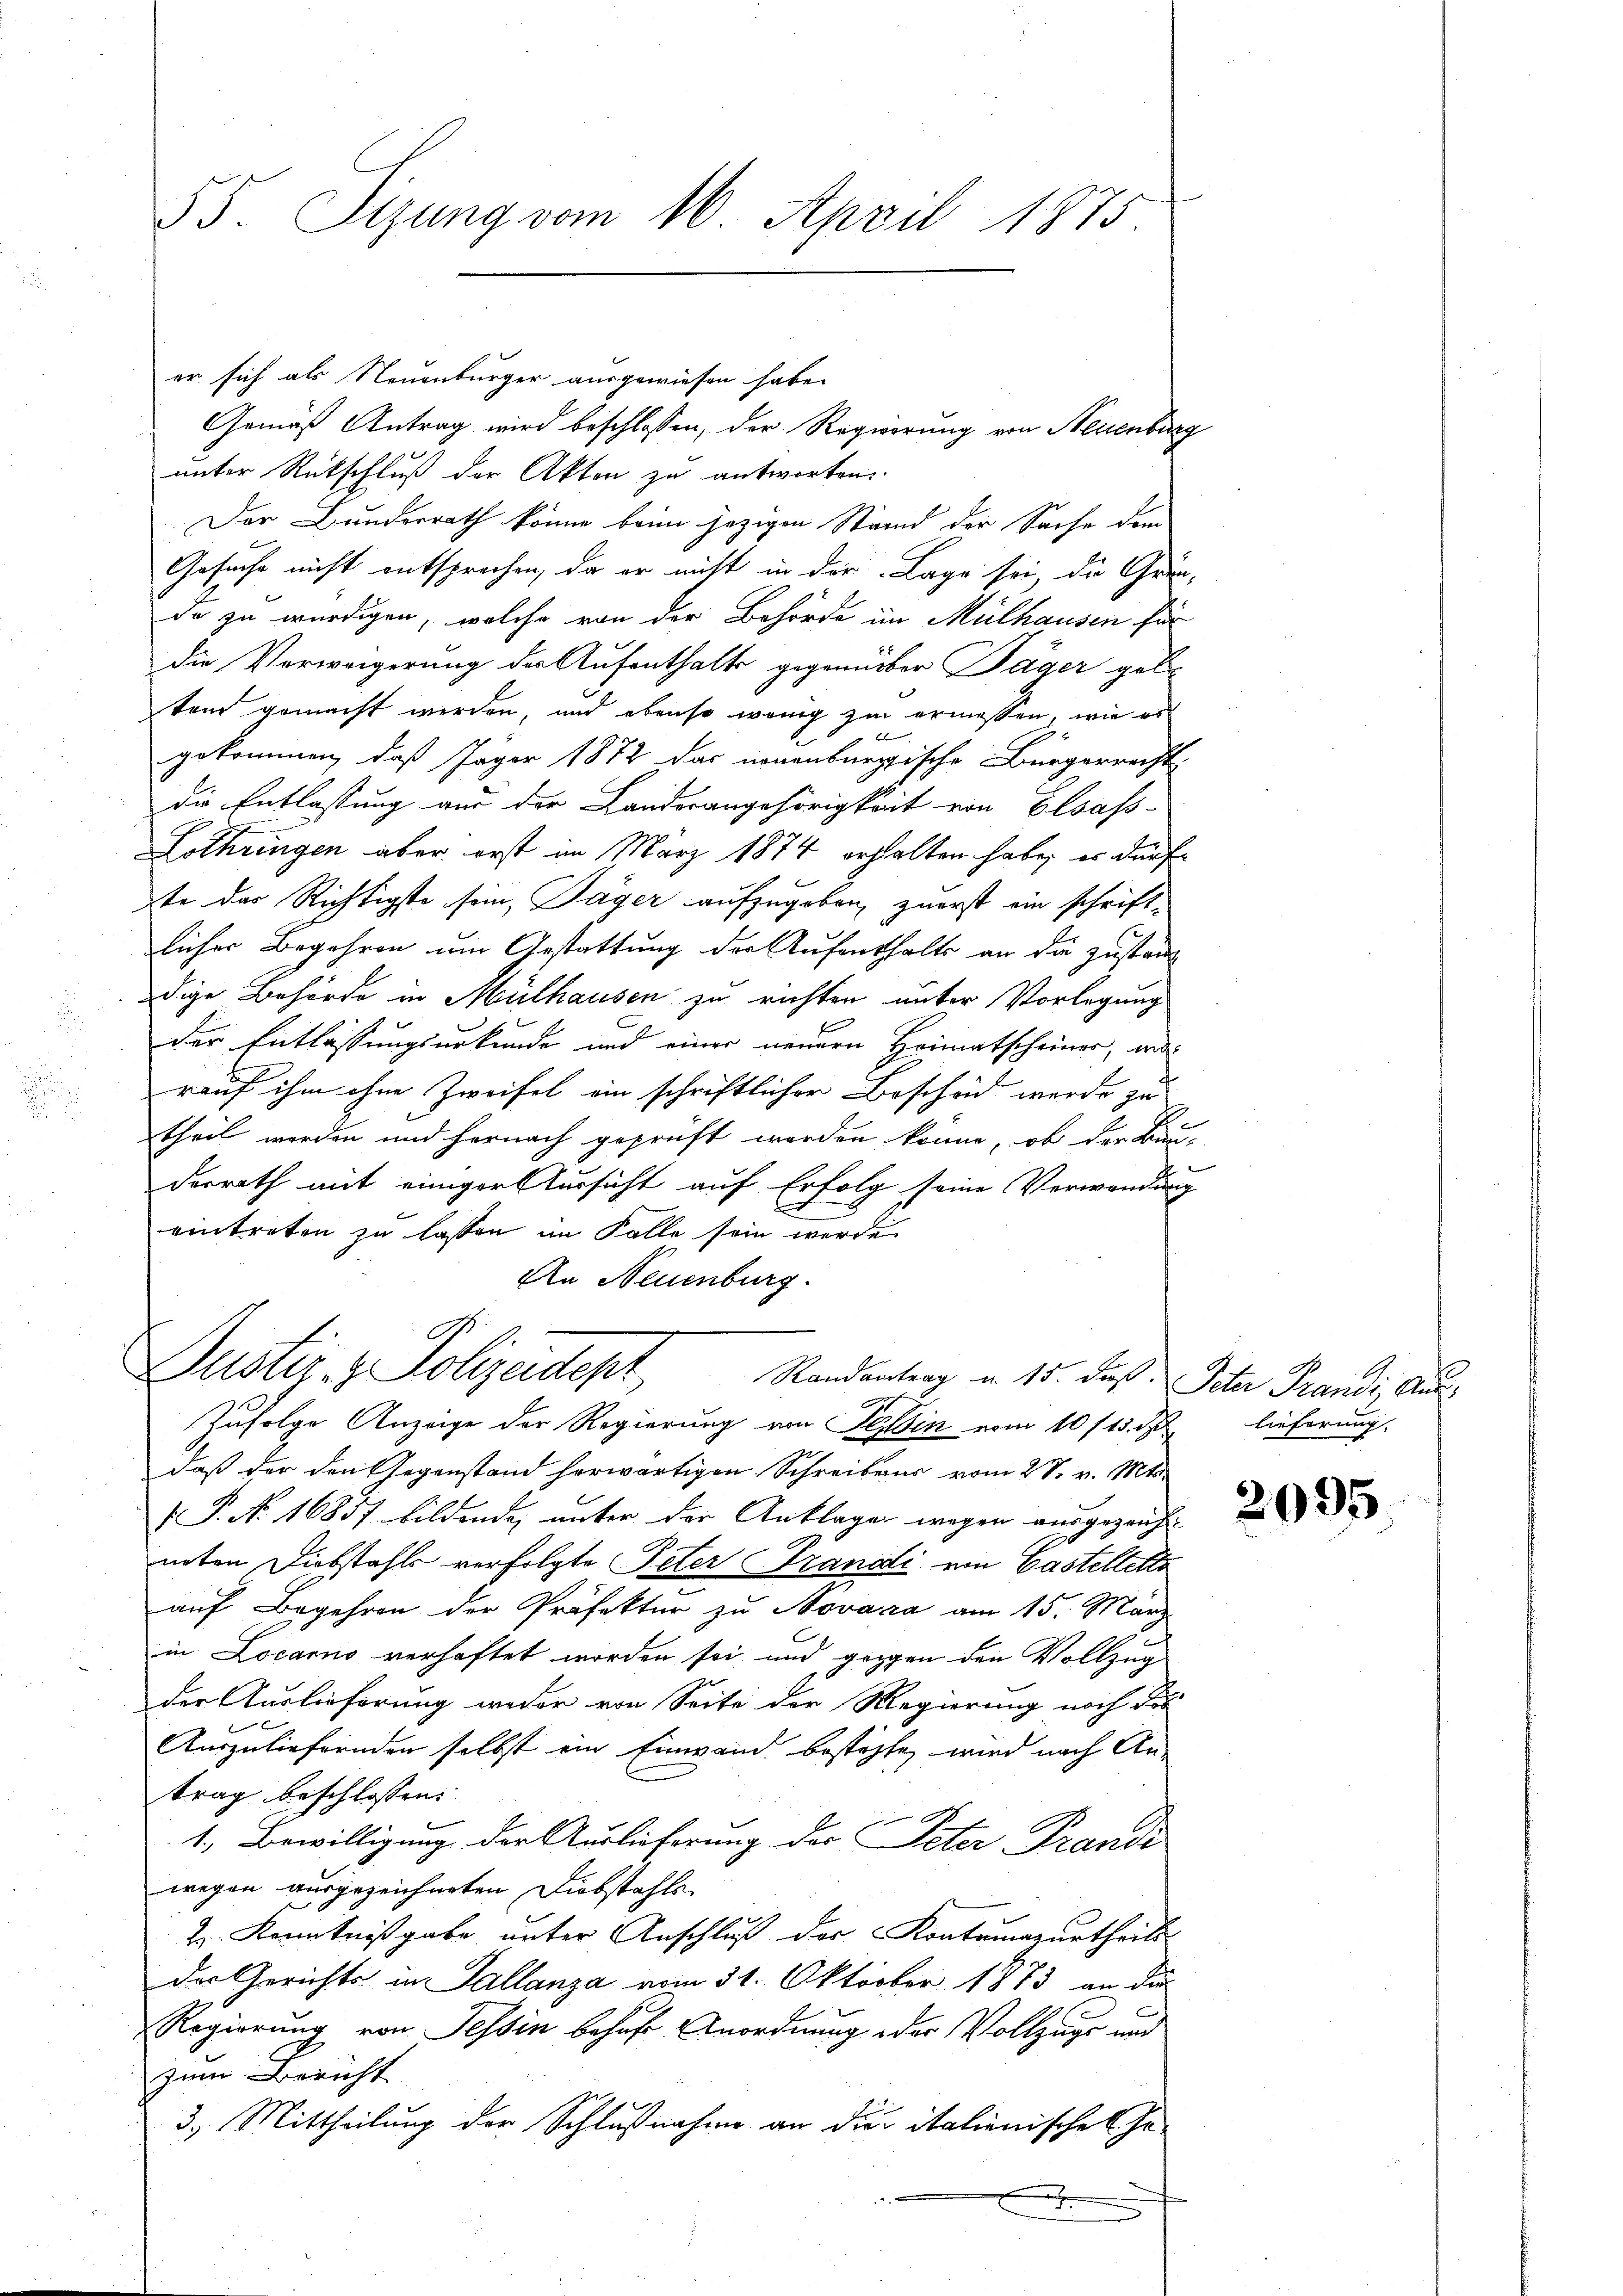
55. Sitzung vom 16. April 1875

er sich als Neuenburger ausgewiesen habe.
Gemäß Antrag wird beschlossen, der Regierung von Neuenburg
unter Rückschluß der Akten zu antworten.
Der Bunderrath könne beim jezigen Stand der Sache dem
Gesuche nicht entsprechen, da er nicht in der Lage sei, die Grün-
da zu würdigen, welche von der Behörde im Mülhausen für
die Verweigerung der Aufenthalte gegenüber Jäger gele
tem gemacht werden, und ebenso wenig zu ermeßen, wie es
b
gekommen, daß Jäger 1872 das neuenburgische Bürgerrecht
die Entlassung aus der Landerangehörigkeit von Elsass-
Lothringen aber erst im März 1874 erhalten habe, es dürfe
te der Richtigste sein, Jäger aufzugeben, zuerst ein schrift-
licher Begehren um Gestattung der Aufenthalts an die Zustand
dige Behörde in Mülhausen zu richten unter Vorlegung
der Entlassungsurkunde und einer neuern Heimatscheiner, wa
rauf ihm ohne Zweifel ein schriftlicher Bescheid werde zu
theil worden und hernach geprüft werden könne, ob der Bau-
e
derrath mit einiger Aussicht auf Erfolg seine Verwendung
eintreten zu lassen im Falle sein werde.
An Neuenburg.
Justiz- & Polizeidepr
Randantrag in 15. daß Peter Frandi, Aus
Zufolge Anzeige der Regierung von Tessin vom 10 f 15. d
daß der den Gegenstand herwärtigen Schreibens vom 28. v. Mts.
P. N. 16857 bildende, unter der Anklagen wegen ausgezeich
inten Diebstahls verfolgte Peter Brandi von Castellette
auf Begehren der Präfektur zu Novaca am 15. März
in Locarno verhaftet worden sei und gegen den Vollzug
der Auslieferung weder von Seite der Regierung noch dor
Auszuliefernden selbst ein Einwand bestehte, wird nach An-
trag beschlossen:
1. Bewilligung der Auslieferung der Peter-Frandi
wegen ausgezeichneten Liebstahls
2. Kenntnißgabe unter Anschluß des Kontumazurtheils
der Gerichts in Sallanza vom 31. Oktober 1873 an die
Regierung von Tessin behaft. Anordnung oder Vollzugs und
zum Bericht
3.) Mittheilung der Schlußnahme an die italienischeheh

lieferung.

2095